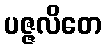
ပဇ္ဇလိတေ